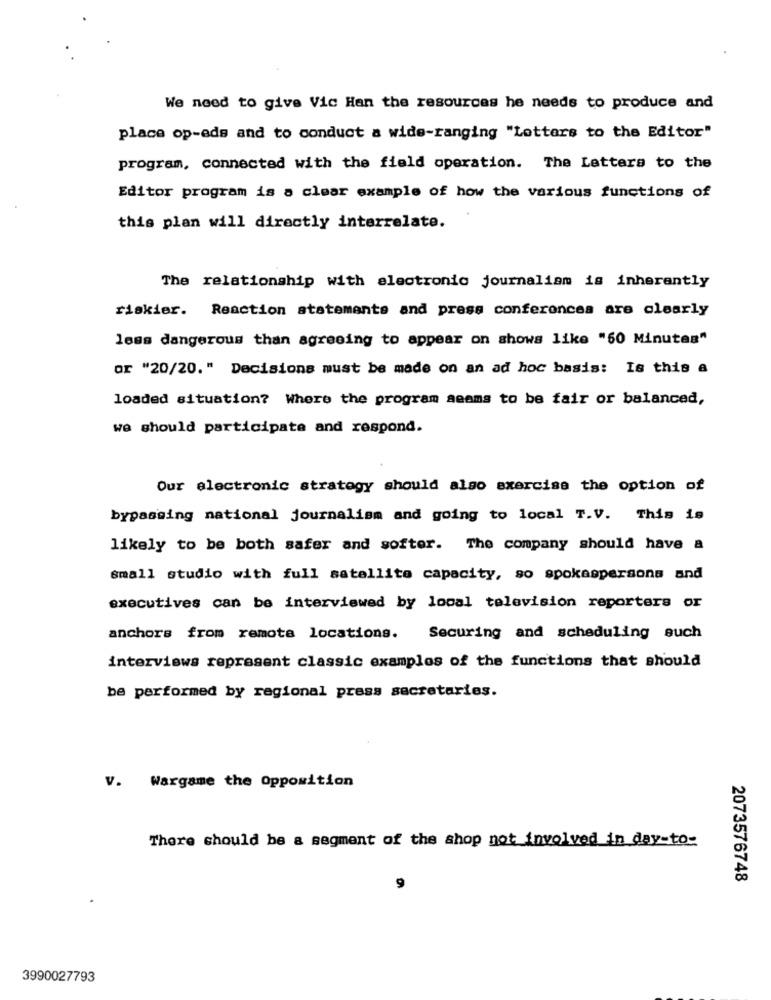
We need to give Vic Han the resources he needs to produce and
place op-eds and to conduct a wide-ranging "Letters to the Editor"
program, connected with the field operation. The Letters to the
Editor program is a clear example of how the various functions of
this plan will directly interrelate.
The relationship with electronic journalism is inherently
riskier. Reaction statements and press conferences are clearly
less dangerous than agreeing to appear on shows like "60 Minutes"
or "20/20." Decisions must be made on an ad hoc basis: Is this a
loaded situation? Where the program seems to be fair or balanced,
we should participate and respond.
Our electronic strategy should also exercise the option of
bypassing national journalism and going to local T.V. This is
likely to be both safer and softer. The company should have a
small studio with full satellite capacity, so spokespersons and
executives can be interviewed by local television reporters or
anchors from remote locations.
Securing and scheduling auch
interviews represent classic examples of the functions that should
be performed by regional press secretaries.
V. Wargame the Opposition
There should be a segment of the shop not involved in day-to-
2073576748
9
3990027793